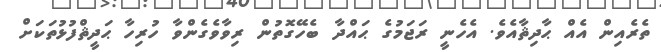
ތެރެއިން އެއް ޙާދިޘާއެވެ. އެހެނީ ރަޖަމުގެ ޙައްދާ ބެހޭގޮތުން ރިވާވެގެންވާ ހުރިހާ ޙަދީޘްފުޅުތަކަށް